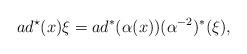
LaTeX: \begin{align*} ad^\star(x)\xi=ad^*(\alpha(x))(\alpha^{-2})^*(\xi), \end{align*}